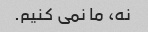
نه، ما نمی کنیم.